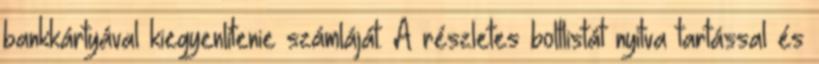
bankkártyával kiegyenlítenie számláját. A részletes boltlistát nyitva tartással és